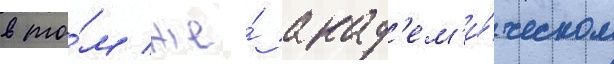
в то́м же́ акад'ем'и́ческом